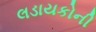
લડાયકોની